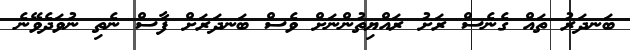
ބަނދަރު ތައް ގެނެސް ރަށު ރައްޔިތުންނަށް ވެސް ބަނދަރަށް ފާސް ނެތި ނުވަދެވޭނެ